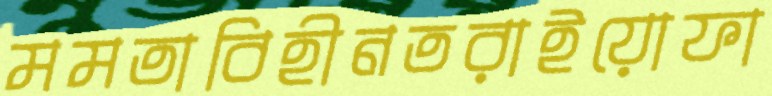
মমতাবিহীনতরাইয়োফা